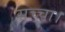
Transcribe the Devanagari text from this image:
सच्चा।